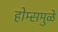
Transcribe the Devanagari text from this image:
होम्समुळे